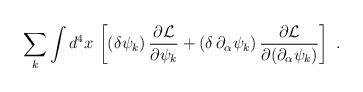
LaTeX: \begin{align*} \sum_k \int d^4x\, \left[(\delta\psi_k)\, {\partial {\cal L}\over \partial \psi_k} + (\delta\, \partial_{\alpha}\psi_k)\, {\partial {\cal L}\over \partial (\partial_{\alpha}\psi_k)} \right]\ .\end{align*}